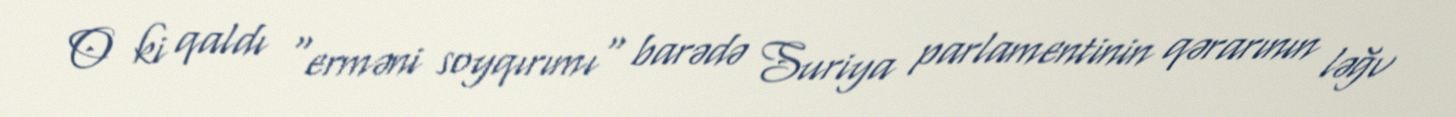
O ki qaldı "erməni soyqırımı" barədə Suriya parlamentinin qərarının ləğv